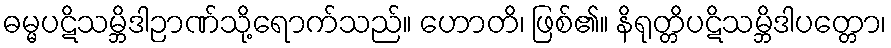
ဓမ္မပဋိသမ္ဘိဒါဉာဏ်သို့ရောက်သည်။ ဟောတိ၊ ဖြစ်၏။ နိရုတ္တိပဋိသမ္ဘိဒါပတ္တော၊